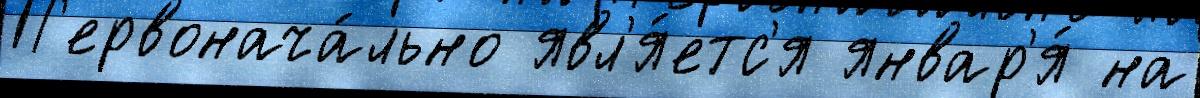
П'ервонача́льно явл'я́етс'я январ'я́ на